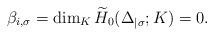
LaTeX: \begin{align*} \beta_{i,\sigma}=\dim_K \widetilde{H}_0(\Delta_{\mid \sigma};K)=0.\end{align*}